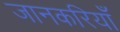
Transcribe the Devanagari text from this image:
जानकरियाँ